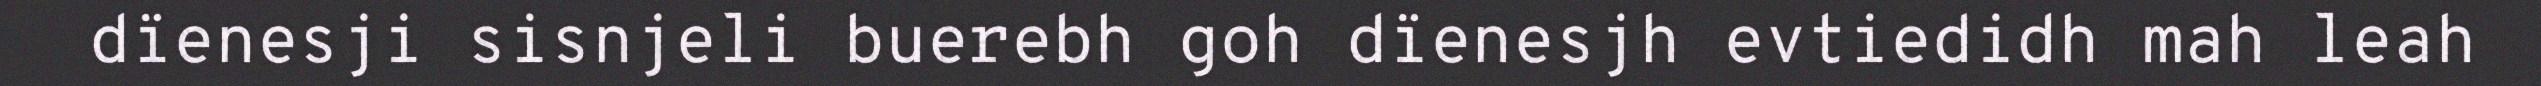
dïenesji sisnjeli buerebh goh dïenesjh evtiedidh mah leah